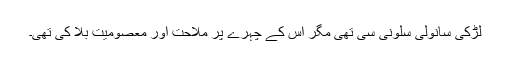
لڑکی سانولی سلونی سی تھی مگر اس کے چہرے پر ملاحت اور معصومیت بلا کی تھی۔